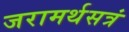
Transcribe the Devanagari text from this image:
जरामर्थसत्रं